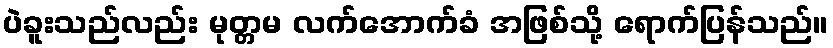
ပဲခူးသည်လည်း မုတ္တမ လက်အောက်ခံ အဖြစ်သို့ ရောက်ပြန်သည်။